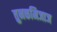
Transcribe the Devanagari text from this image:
तुनकमिजाज